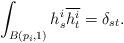
LaTeX: \begin{align*}\int_{B(p_i, 1)}h^i_s\overline{h^i_t} = \delta_{st}.\end{align*}